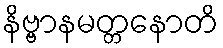
နိဗ္ဗာနမတ္တနောတိ